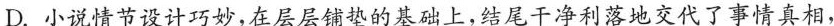
D.小说情节设计巧妙,在层层铺垫的基础上，结尾干净利落地交代了事情真相，